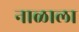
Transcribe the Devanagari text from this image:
नाळाला